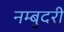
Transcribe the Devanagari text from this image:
नम्बुदरी